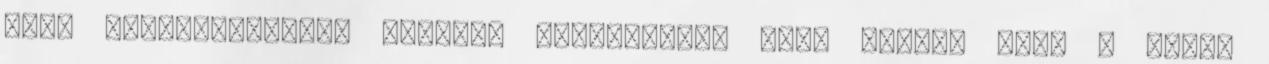
erős tekercsrugókat raknak. Gondoskodni kell arról, hogy a rugók